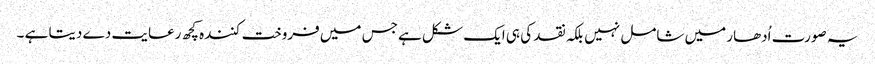
یہ صورت اُدھار میں شامل نہیں بلکہ نقد کی ہی ایک شکل ہے جس میں فروخت کنندہ کچھ رعایت دے دیتا ہے ۔